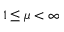
1 \leq \mu < \infty